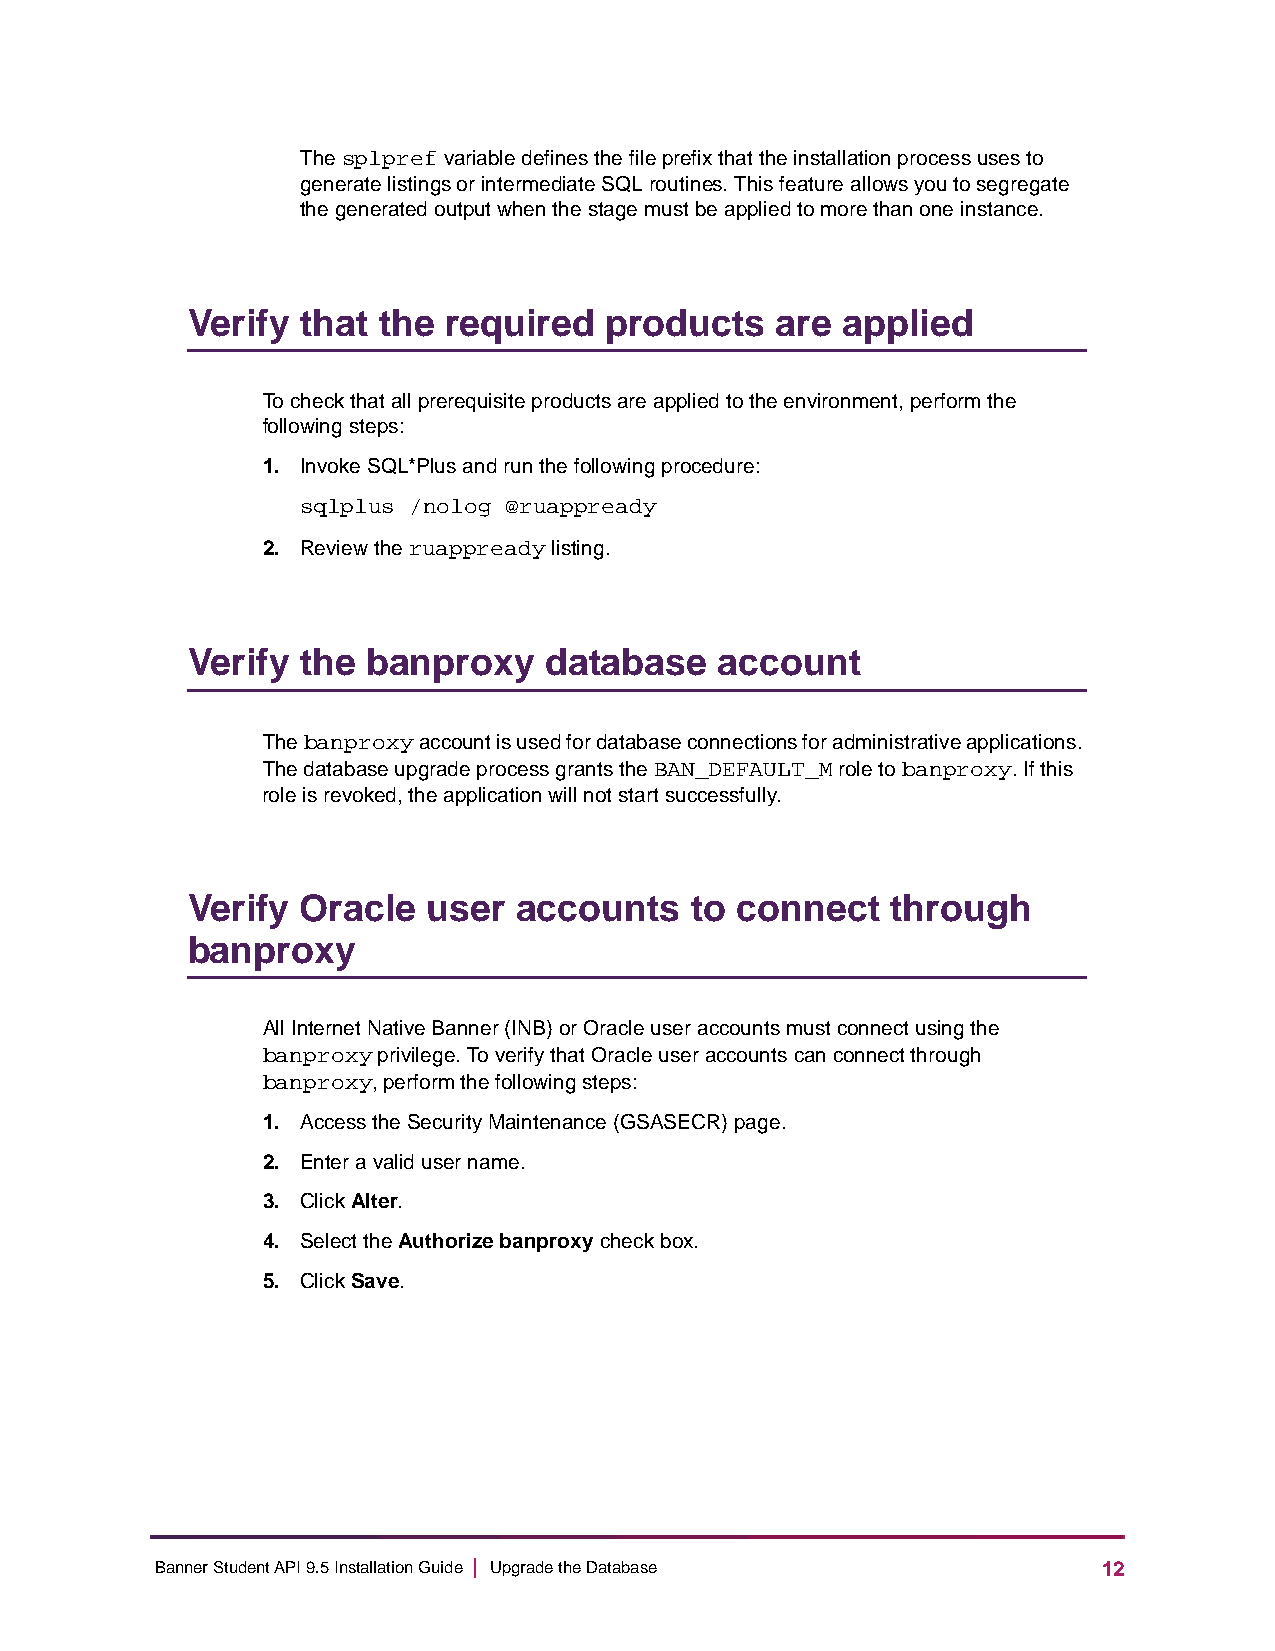
The splpref variable defines the file prefix that the installation process uses to
 generate listings or intermediate SQL routines. This feature allows you to segregate
 the generated output when the stage must be applied to more than one instance.
 Verify  that the  required  products   are  applied
 To check that all prerequisite products are applied to the environment, perform the
 following steps:
 1. Invoke SQL*Plus and run the following procedure:
 sqlplus /nolog @ruappready
 2. Review the ruappready listing.
 Verify  the banproxy    database    account
 The banproxy account is used for database connections for administrative applications.
 The database upgrade process grants the BAN_DEFAULT_M role to banproxy. If this
 role is revoked, the application will not start successfully.
 Verify  Oracle  user  accounts    to connect   through
 banproxy
 All Internet Native Banner (INB) or Oracle user accounts must connect using the
 banproxy privilege. To verify that Oracle user accounts can connect through
 banproxy, perform the following steps:
 1. Access the Security Maintenance (GSASECR) page.
 2. Enter a valid user name.
 3. Click Alter.
 4. Select the Authorize banproxy check box.
 5. Click Save.
 Banner Student API 9.5 Installation Guide | Upgrade the Database 12